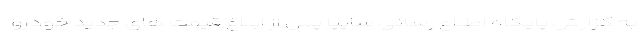
به گزارش پایگاه اطلاع رسانی سایپا پس از ابلاغ قیمت های جدید خودرو